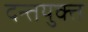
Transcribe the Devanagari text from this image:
दन्तयुक्त